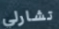
تشارلي